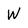
Character: W